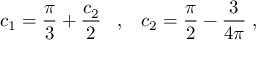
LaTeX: c _ { 1 } = \frac { \pi } { 3 } + \frac { c _ { 2 } } { 2 } \; \; \; , \; \; \; c _ { 2 } = \frac { \pi } { 2 } - \frac { 3 } { 4 \pi } \; ,